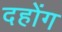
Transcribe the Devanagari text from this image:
दहोंग